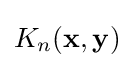
K_{n}(\mathbf {x} ,\mathbf {y} )